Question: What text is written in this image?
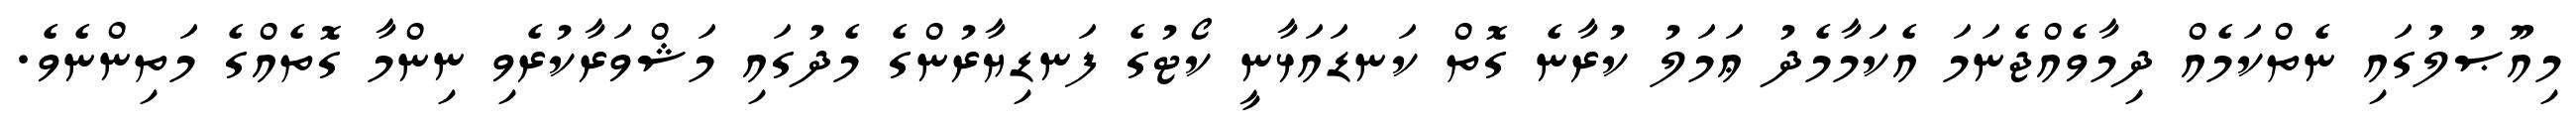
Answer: މިއޫޞުލުގައި ނެތްކަމެއް ދިމާވެއްޖެނަމަ އެކަމާމެދު ޢަމަލު ކުރާނެ ގޮތް ކަނޑައަޅާނީ ކޯޓުގެ ފަނޑިޔާރުންގެ މެދުގައި މަޝްވަރާކުރެވި ނިންމާ ގޮތެއްގެ މަތިންނެވެ.